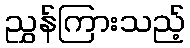
ညွှန်ကြားသည့်